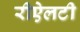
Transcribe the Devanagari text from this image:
रीऐलटी